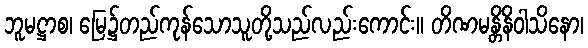
ဘူမဋ္ဌာစ၊ မြေ၌တည်ကုန်သောသူတို့သည်လည်းကောင်း။ တိဏမန္တိနိဝါသိနော၊